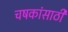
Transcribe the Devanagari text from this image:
चषकांसाठी